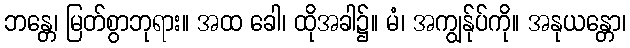
ဘန္တေ၊ မြတ်စွာဘုရား။ အထ ခေါ၊ ထိုအခါ၌။ မံ၊ အကျွန်ုပ်ကို။ အနုယန္တော၊